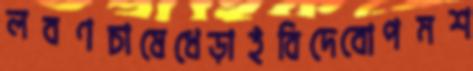
লবণচাষেধেড়াইবিদেবোপমশ